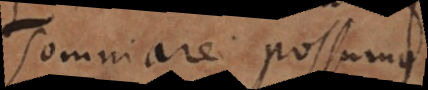
mniare possumus